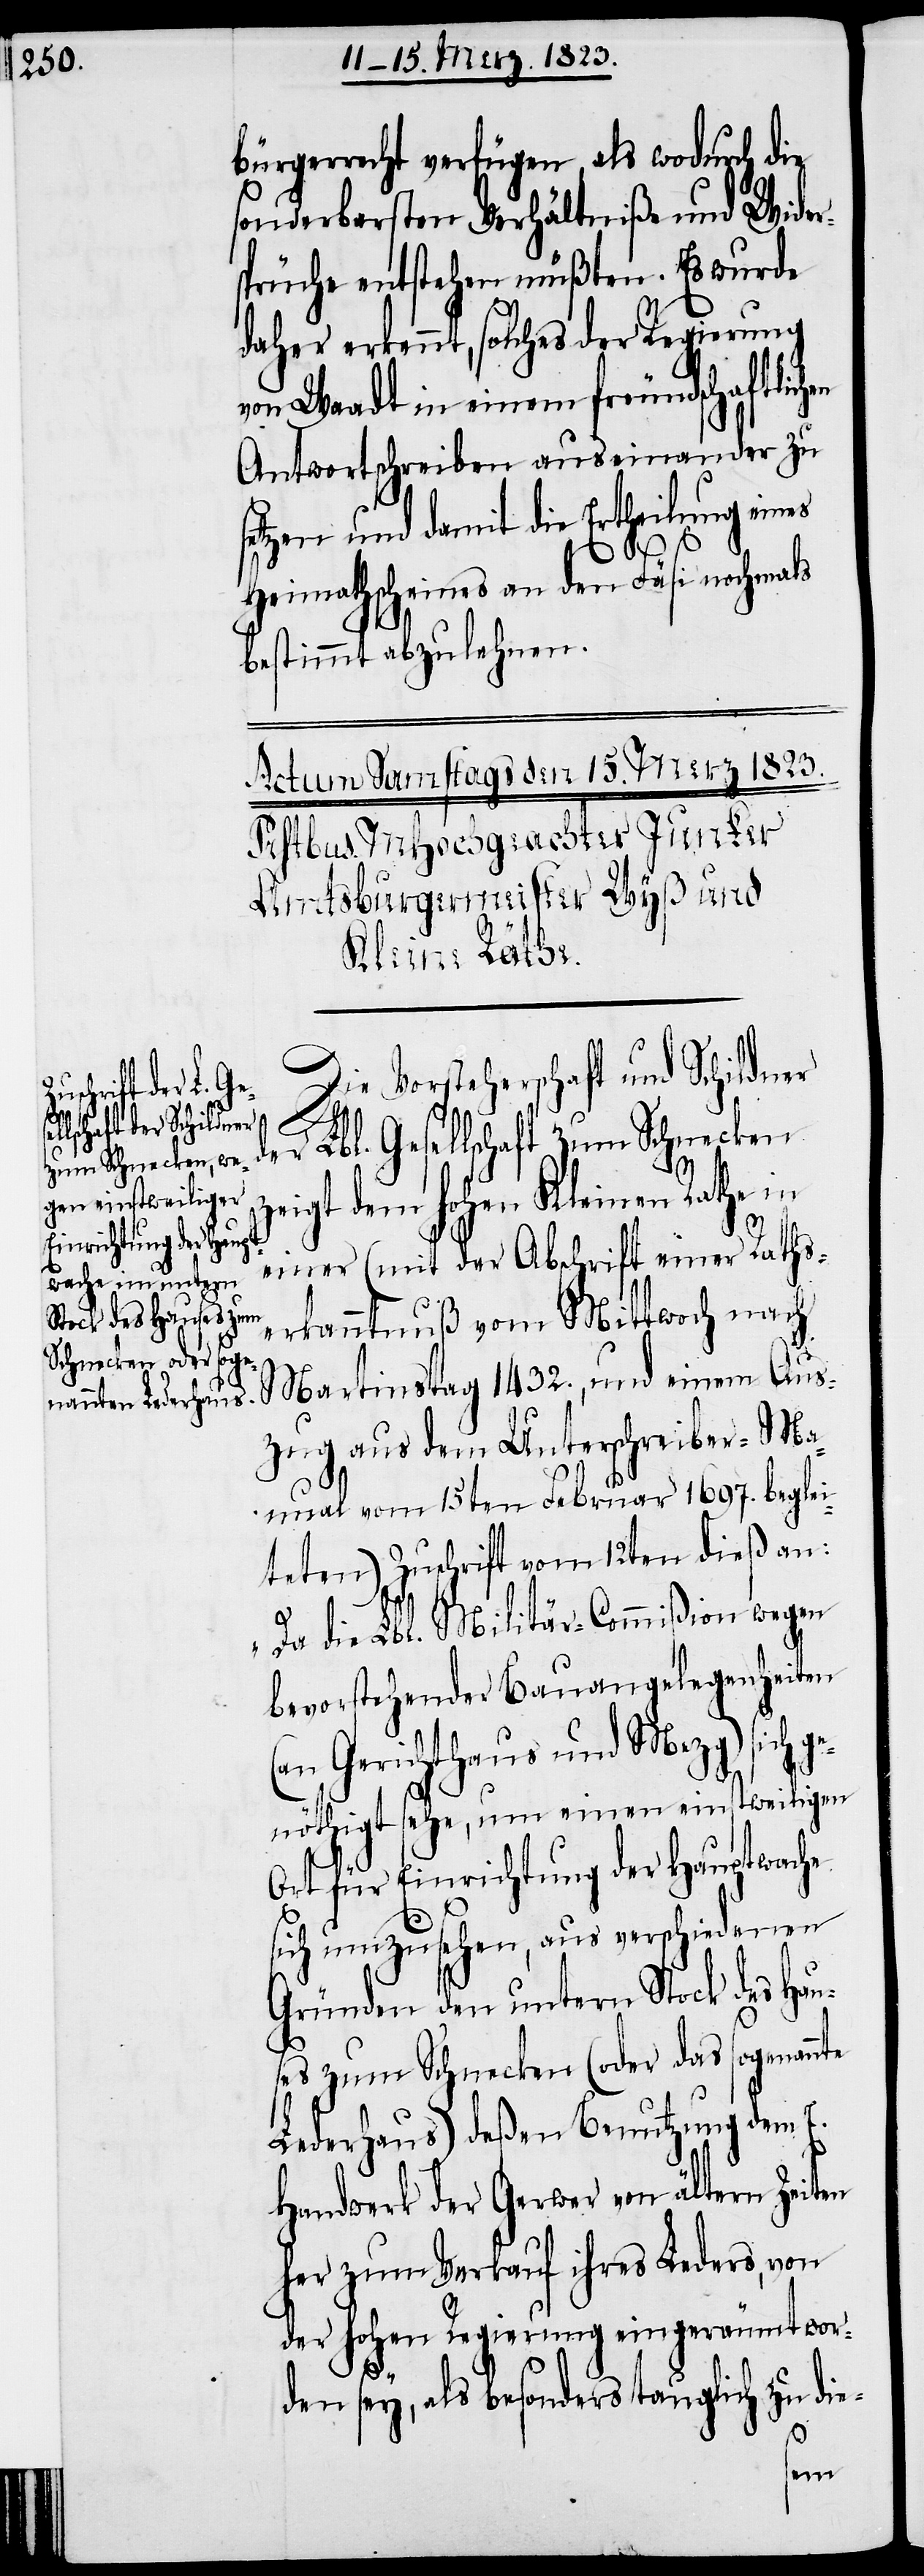
bürgerrecht verfügen, als wodurch die
sonderbarsten Verhältniße und Wider¬
sprüche entstehen müßten. Es wurde
daher erkennt, solches der Regierung
uenburg] in einem freundschaftlich¬
Antwortschreiben auseinander zu
setzen und damit die Ertheilung eines
Heimathscheines an den Fäsi nochmals
bestimmt abzulehnen.
Die Vorsteherschaft und Schildner
Lbl. Gesellschaft zum Schnecken
z¬
eigt dem hohen Kleinen Rathe in
einer (mit der Abschrift einer Rathse¬
rkanntnuß vom Mittwoch nach
Martinstag 1432., und einem Aus¬
zug aus dem Unterschreiber-Ma¬
nual vom 15ten Februar 1697. beglei¬
teten) Zuschrift vom 12ten dieß an:
„Da die Lbl. Militär-Commißion wegen
bevorstehender Bauangelegenheiten
(an Gerichtshaus und Mezg) sich ge¬
nöthigt sehe, um einen einstweiligen
Ort für Einrichtung der Hauptwache
sich umzusehen, aus verschiedenen
Gründen den untern Stock des Hau¬
ses zum Schnecken (oder das sogenan¬
Lederhaus) deßen Benutzung dem E.
Handwerk der Gerwer von ältern Zeiten
her zum Verkauf ihres Leders, von
der hohen Regierung eingeräumt wor¬
den sey, als besonders tauglich zu die-
nte
en